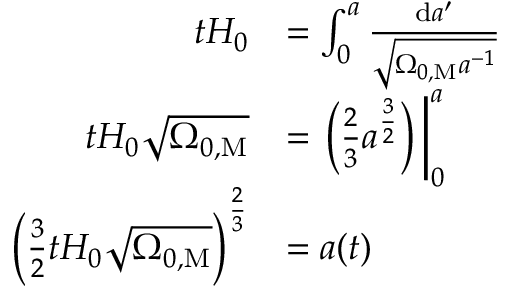
{ \begin{array} { r l } { t H _ { 0 } } & { = \int _ { 0 } ^ { a } { \frac { \mathrm { d } a ^ { \prime } } { \sqrt { \Omega _ { 0 , \mathrm { M } } a ^ { - 1 } } } } } \\ { t H _ { 0 } { \sqrt { \Omega _ { 0 , \mathrm { M } } } } } & { = \left. \left( { \frac { 2 } { 3 } } a ^ { \frac { 3 } { 2 } } \right) \, \right| _ { 0 } ^ { a } } \\ { \left( { \frac { 3 } { 2 } } t H _ { 0 } { \sqrt { \Omega _ { 0 , \mathrm { M } } } } \right) ^ { \frac { 2 } { 3 } } } & { = a ( t ) } \end{array} }